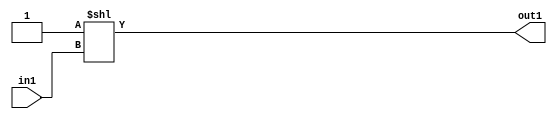
`timescale 1ps / 1ps
/*****************************************************************************
    Verilog RTL Description
    
    
    Created by: Stratus DpOpt 2019.1.01 
*******************************************************************************/

module DC_Filter_DECODE_8U_7_4 (
	in1,
	out1
	); /* architecture "behavioural" */ 
input [2:0] in1;
output [7:0] out1;
wire [7:0] asc001;

assign asc001 = 8'B00000001 << in1;

assign out1 = asc001;
endmodule

/* CADENCE  urjxTw8= : u9/ySgnWtBlWxVPRXgAZ4Og= ** DO NOT EDIT THIS LINE ******/